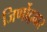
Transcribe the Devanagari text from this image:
जिर्णोद्वार